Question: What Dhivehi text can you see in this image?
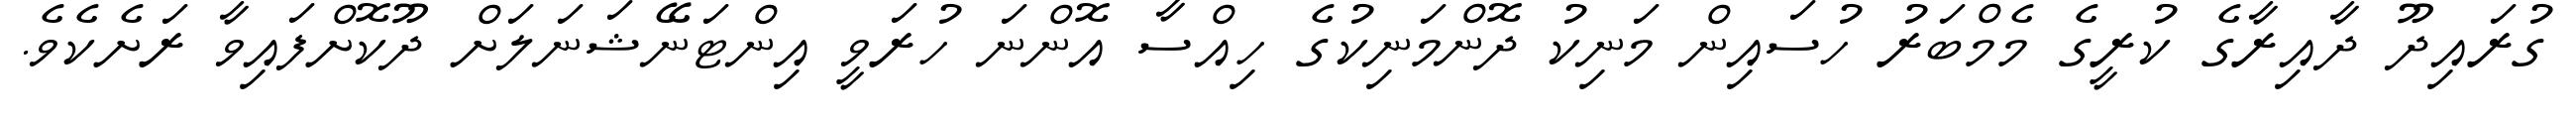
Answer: ގުރައިދޫ ދާއިރާގެ ކުރީގެ މެމްބަރު ހުސައިން މަނިކު ދޮންމަނިކުގެ ހިއްސާ އޮންނަ ހުރަވީ އިންޓަނޭޝަނަލަށް ދޫކޮށްފައިވާ ރަށެކެވެ.